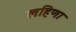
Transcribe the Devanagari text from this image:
लहिणा